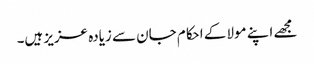
مجھے اپنے مولا کے احکام جان سے زیادہ عزیز ہیں۔